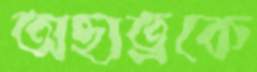
অছাত্রকে